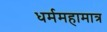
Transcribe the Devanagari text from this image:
धर्ममहामात्र